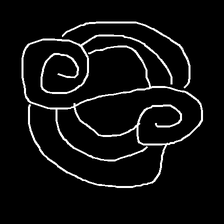
Glyph: wind-underfoot